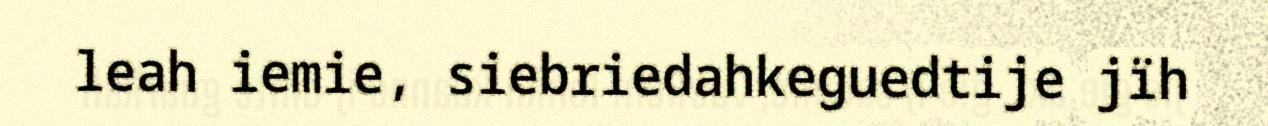
leah iemie, siebriedahkeguedtije jïh